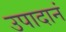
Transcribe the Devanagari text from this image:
उपादानं